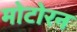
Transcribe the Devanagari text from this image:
मोटोरन